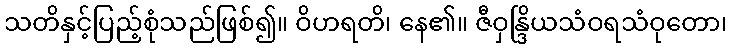
သတိနှင့်ပြည့်စုံသည်ဖြစ်၍။ ဝိဟရတိ၊ နေ၏။ ဇီဝှန္ဒြိယသံဝရသံဝုတော၊